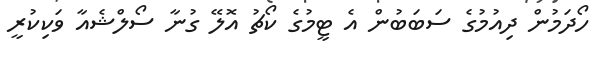
ހޯދަމުން ދިއުމުގެ ސަބަބުން އެ ޓީމުގެ ކޯޗު އޮލޭ ގުނާ ސޯލްޝެއާ ވަކިކުރީ